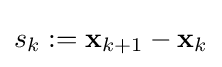
s_{k}:=\mathbf {x} _{k+1}-\mathbf {x} _{k}